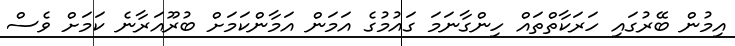
އިމުން ބޭރުގައި ހަރަކާތްތައް ހިންގާނަމަ ގައުމުގެ އަމަން އަމާންކަމަށް ބުރޫއަރާނެ ކަމަށް ވެސް